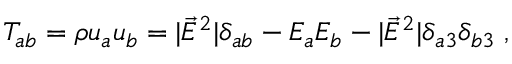
T _ { a b } = \rho u _ { a } u _ { b } = | \vec { E } ^ { 2 } | \delta _ { a b } - E _ { a } E _ { b } - | \vec { E } ^ { 2 } | \delta _ { a 3 } \delta _ { b 3 } \; ,